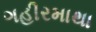
ગહીરમાથા